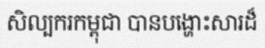
សិល្បករកម្ពុជា បានបង្ហោះសារដ៏